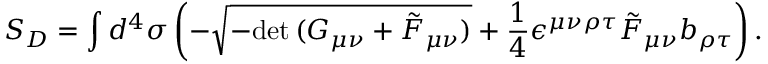
S _ { D } = \int d ^ { 4 } \sigma \left( - \sqrt { - \mathrm { d e t } \, ( G _ { \mu \nu } + \tilde { F } _ { \mu \nu } ) } + { \frac { 1 } { 4 } } \epsilon ^ { \mu \nu \rho \tau } \tilde { F } _ { \mu \nu } b _ { \rho \tau } \right) .